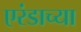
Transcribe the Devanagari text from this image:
एरंडाच्या